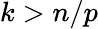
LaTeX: k>n/p